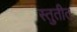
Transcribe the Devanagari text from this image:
स्तुतीत